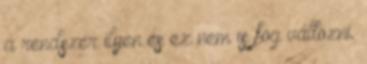
a rendszer ilyen és ez nem is fog változni.